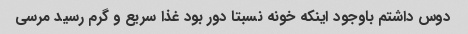
دوس داشتم باوجود اینکه خونه نسبتا دور بود غذا سریع و گرم رسید مرسی